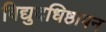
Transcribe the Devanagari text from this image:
विद्युदधिष्ठापन